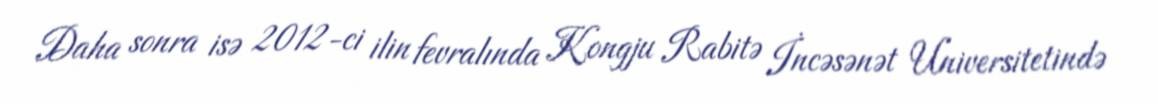
Daha sonra isə 2012-ci ilin fevralında Kongju Rabitə İncəsənət Universitetində